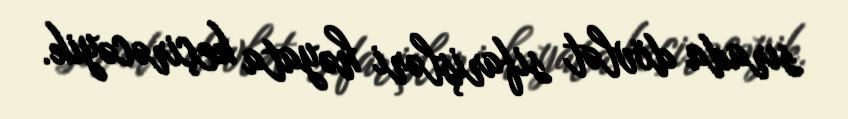
sırada dövlət sifarişləri həyata keçirəcəyik.